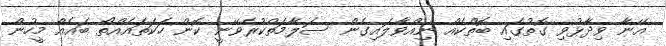
އޭނާ ވިދާޅުވި ގޮތުގައި ބޮތްކެއް ނިއްވާލައިގެން ސަލާމަތްކުރެވޭނީ ކޮން ހަކަތައެއްތޯ ބައެއް މީހުން